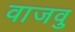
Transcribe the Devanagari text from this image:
वाजवु